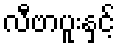
လီဗာပူးနှင့်